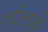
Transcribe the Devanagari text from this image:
लीलचे